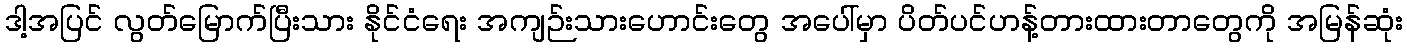
ဒါ့အပြင် လွတ်မြောက်ပြီးသား နိုင်ငံရေး အကျဉ်းသားဟောင်းတွေ အပေါ်မှာ ပိတ်ပင်ဟန့်တားထားတာတွေကို အမြန်ဆုံး